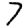
Digit: 7